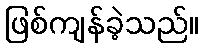
ဖြစ်ကျန်ခဲ့သည်။